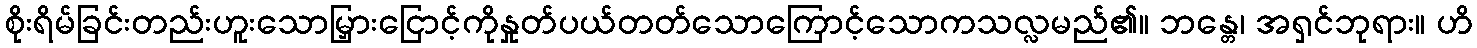
စိုးရိမ်ခြင်းတည်းဟူးသောမြှားငြောင့်ကိုနှုတ်ပယ်တတ်သောကြောင့်သောကသလ္လမည်၏။ ဘန္တေ၊ အရှင်ဘုရား။ ဟိ